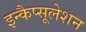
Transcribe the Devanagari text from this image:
इन्कैप्सूलेशन